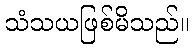
သံသယဖြစ်မိသည်။